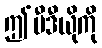
ဤဗီဒီယိုကို